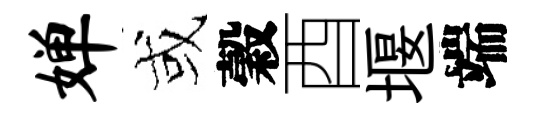
婵或穀酉堰端